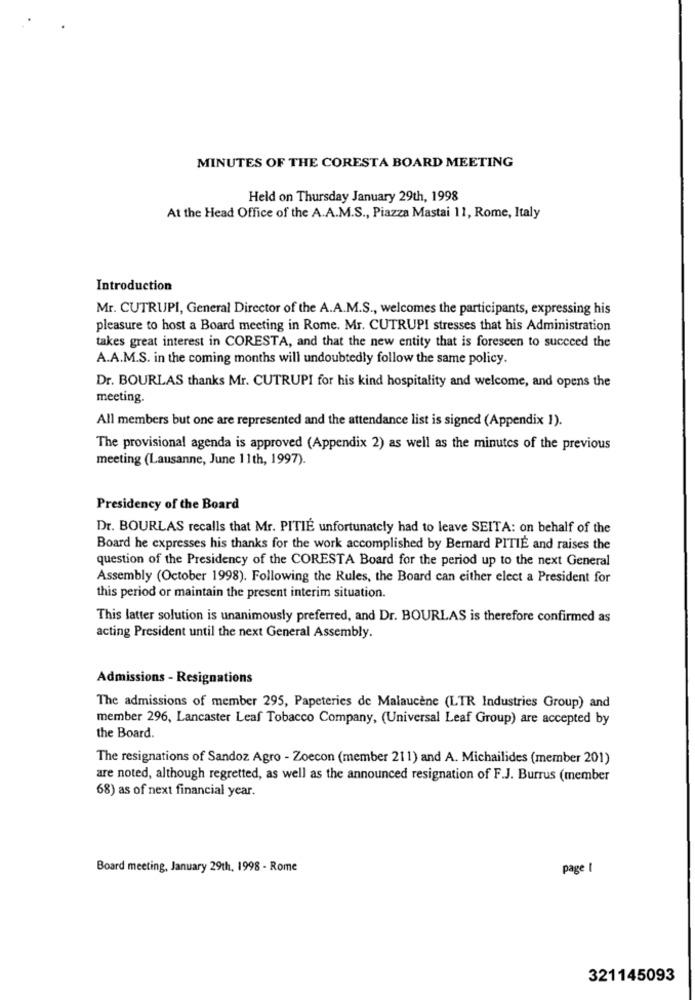
MINUTES OF THE CORESTA BOARD MEETING
Held on Thursday January 29th, 1998
At the Head Office of the A.A.M.S ., Piazza Mastai 11, Rome, Italy
Introduction
Mr. CUTRUPI, General Director of the A.A.M.S ., welcomes the participants, expressing his
pleasure to host a Board meeting in Rome. Mr. CUTRUPI stresses that his Administration
takes great interest in CORESTA, and that the new entity that is foreseen to succeed the
A.A.M.S. in the coming months will undoubtedly follow the same policy.
Dr. BOURLAS thanks Mr. CUTRUPI for his kind hospitality and welcome, and opens the
meeting.
All members but one are represented and the attendance list is signed (Appendix 1).
The provisional agenda is approved (Appendix 2) as well as the minutes of the previous
meeting (Lausanne, June 11th, 1997).
Presidency of the Board
Dr. BOURLAS recalls that Mr. PITIE unfortunately had to leave SEITA: on behalf of the
Board he expresses his thanks for the work accomplished by Bernard PITIE and raises the
question of the Presidency of the CORESTA Board for the period up to the next General
Assembly (October 1998). Following the Rules, the Board can either elect a President for
this period or maintain the present interim situation.
This latter solution is unanimously preferred, and Dr. BOURLAS is therefore confirmed as
acting President until the next General Assembly.
Admissions - Resignations
The admissions of member 295, Papeteries de Malaucène (LTR Industries Group) and
member 296, Lancaster Leaf Tobacco Company, (Universal Leaf Group) are accepted by
the Board.
The resignations of Sandoz Agro - Zoecon (member 211) and A. Michailides (member 201)
are noted, although regretted, as well as the announced resignation of F.J. Burrus (member
68) as of next financial year.
Board meeting, January 29th, 1998 - Rome
page I
321145093